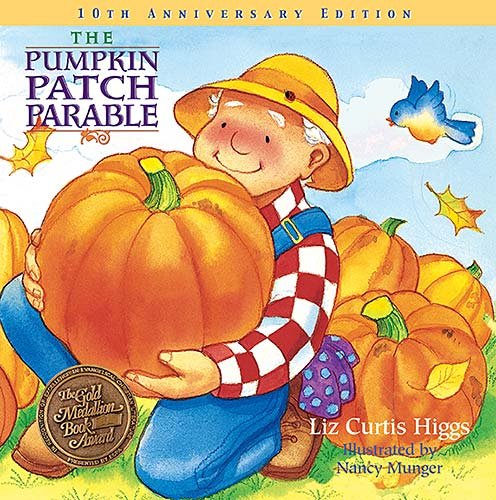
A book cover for The Pumpkin Patch Parable: Special Edition (Parable Series); Liz Curtis Higgs; Christian Books & Bibles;